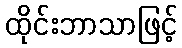
ထိုင်းဘာသာဖြင့်